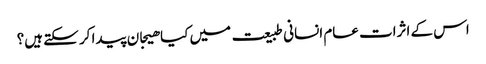
اس کے اثرات عام انسانی طبیعت میں کیا ھیجان پیدا کر سکتے ہیں؟